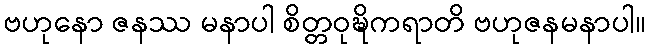
ဗဟုနော ဇနဿ မနာပါ စိတ္တဝုဍ္ဎိကရာတိ ဗဟုဇနမနာပါ။